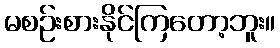
မစဉ်းစားနိုင်ကြတော့ဘူး။